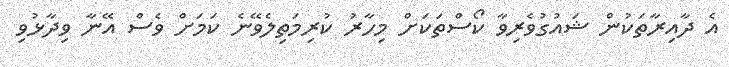
އެ ދާއިރާތަކުން ޝައުގުވެރިވާ ކޯސްތަކަށް މިހާރު ކުރިމަތިލެވޭނެ ކަމަށް ވެސް އޭނާ ވިދާޅުވި